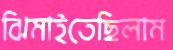
ঝিমাইতেছিলাম